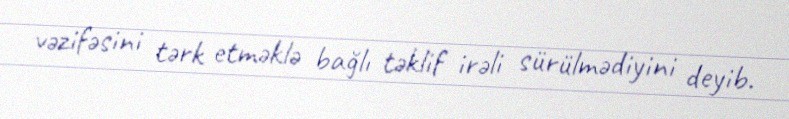
vəzifəsini tərk etməklə bağlı təklif irəli sürülmədiyini deyib.